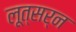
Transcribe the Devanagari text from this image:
लूत्सर्न